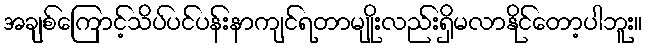
အချစ်ကြောင့်သိပ်ပင်ပန်းနာကျင်ရတာမျိုးလည်းရှိမလာနိုင်တော့ပါဘူး။